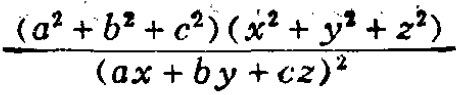
\frac{(a^{2}+b^{2}+c^{2})(x^{2}+y^{2}+z^{2})}{(ax + by + cz)^{2}}